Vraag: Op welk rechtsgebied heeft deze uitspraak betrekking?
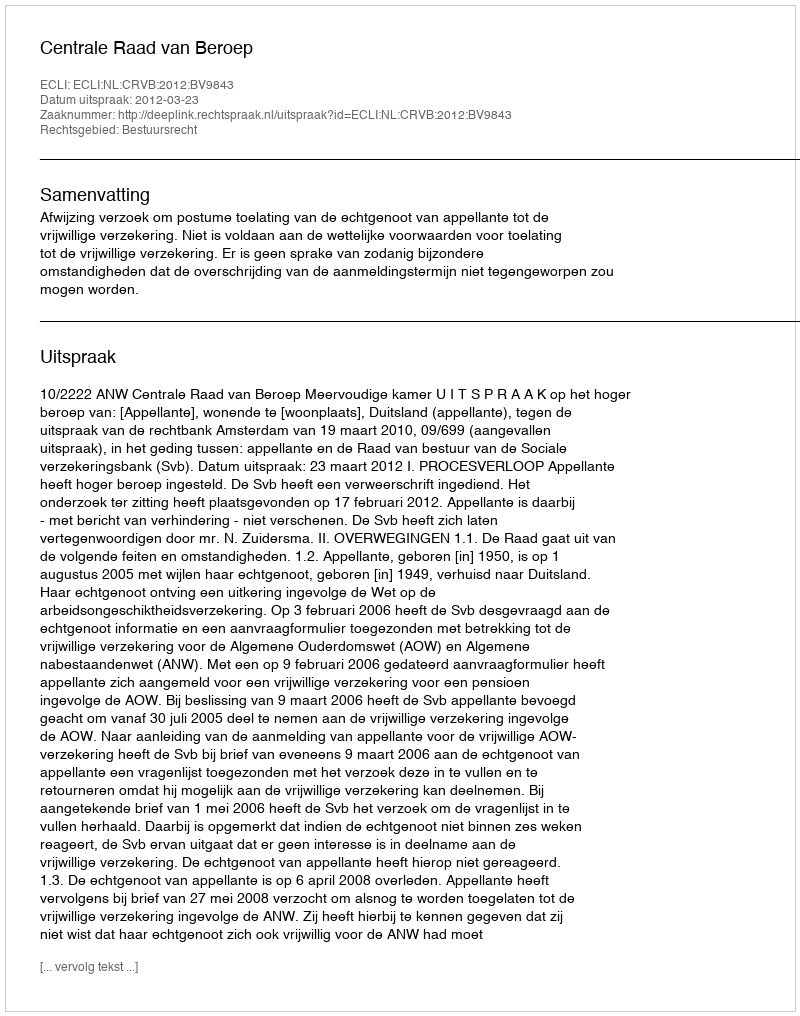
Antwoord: Bestuursrecht